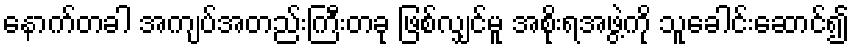
နောက်တခါ အကျပ်အတည်းကြီးတခု ဖြစ်လျှင်မူ အစိုးရအဖွဲ့ကို သူခေါင်းဆောင်၍